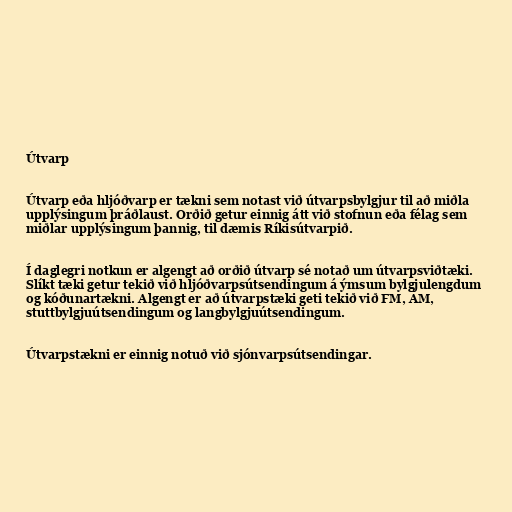
Útvarp

Útvarp eða hljóðvarp er tækni sem notast við útvarpsbylgjur til að miðla
upplýsingum þráðlaust. Orðið getur einnig átt við stofnun eða félag sem
miðlar upplýsingum þannig, til dæmis Ríkisútvarpið.

Í daglegri notkun er algengt að orðið útvarp sé notað um útvarpsviðtæki.
Slíkt tæki getur tekið við hljóðvarpsútsendingum á ýmsum bylgjulengdum
og kóðunartækni. Algengt er að útvarpstæki geti tekið við FM, AM,
stuttbylgjuútsendingum og langbylgjuútsendingum.

Útvarpstækni er einnig notuð við sjónvarpsútsendingar.